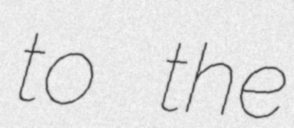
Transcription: to the